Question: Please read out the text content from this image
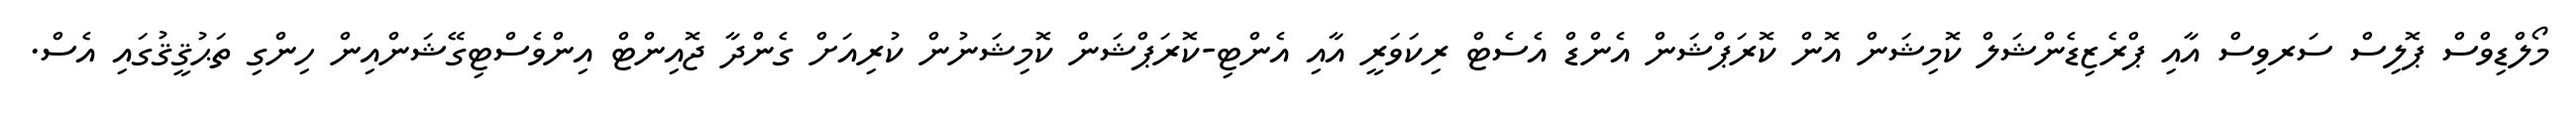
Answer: މޯލްޑިވްސް ޕޮލިސް ސަރވިސް އާއި ޕްރެޒިޑެންޝަލް ކޮމިޝަން އޮން ކޮރަޕްޝަން އެންޑް އެސެޓް ރިކަވަރީ އާއި އެންޓި-ކޮރަޕްޝަން ކޮމިޝަނުން ކުރިއަށް ގެންދާ ޖޮއިންޓް އިންވެސްޓިގޭޝަންއިން ހިންގި ތަޙުޤީޤުގައި އެސް.